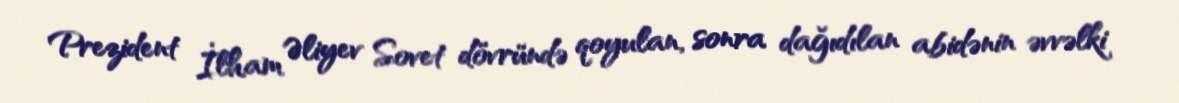
Prezident İlham Əliyev Sovet dövründə qoyulan, sonra dağıdılan abidənin əvvəlki